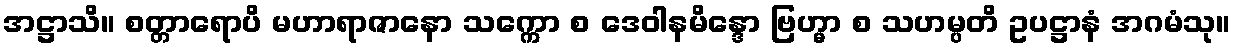
အဋ္ဌာသိ။ စတ္တာရောပိ မဟာရာဇာနော သက္ကော စ ဒေဝါနမိန္ဒော ဗြဟ္မာ စ သဟမ္ပတိ ဥပဋ္ဌာနံ အဂမံသု။